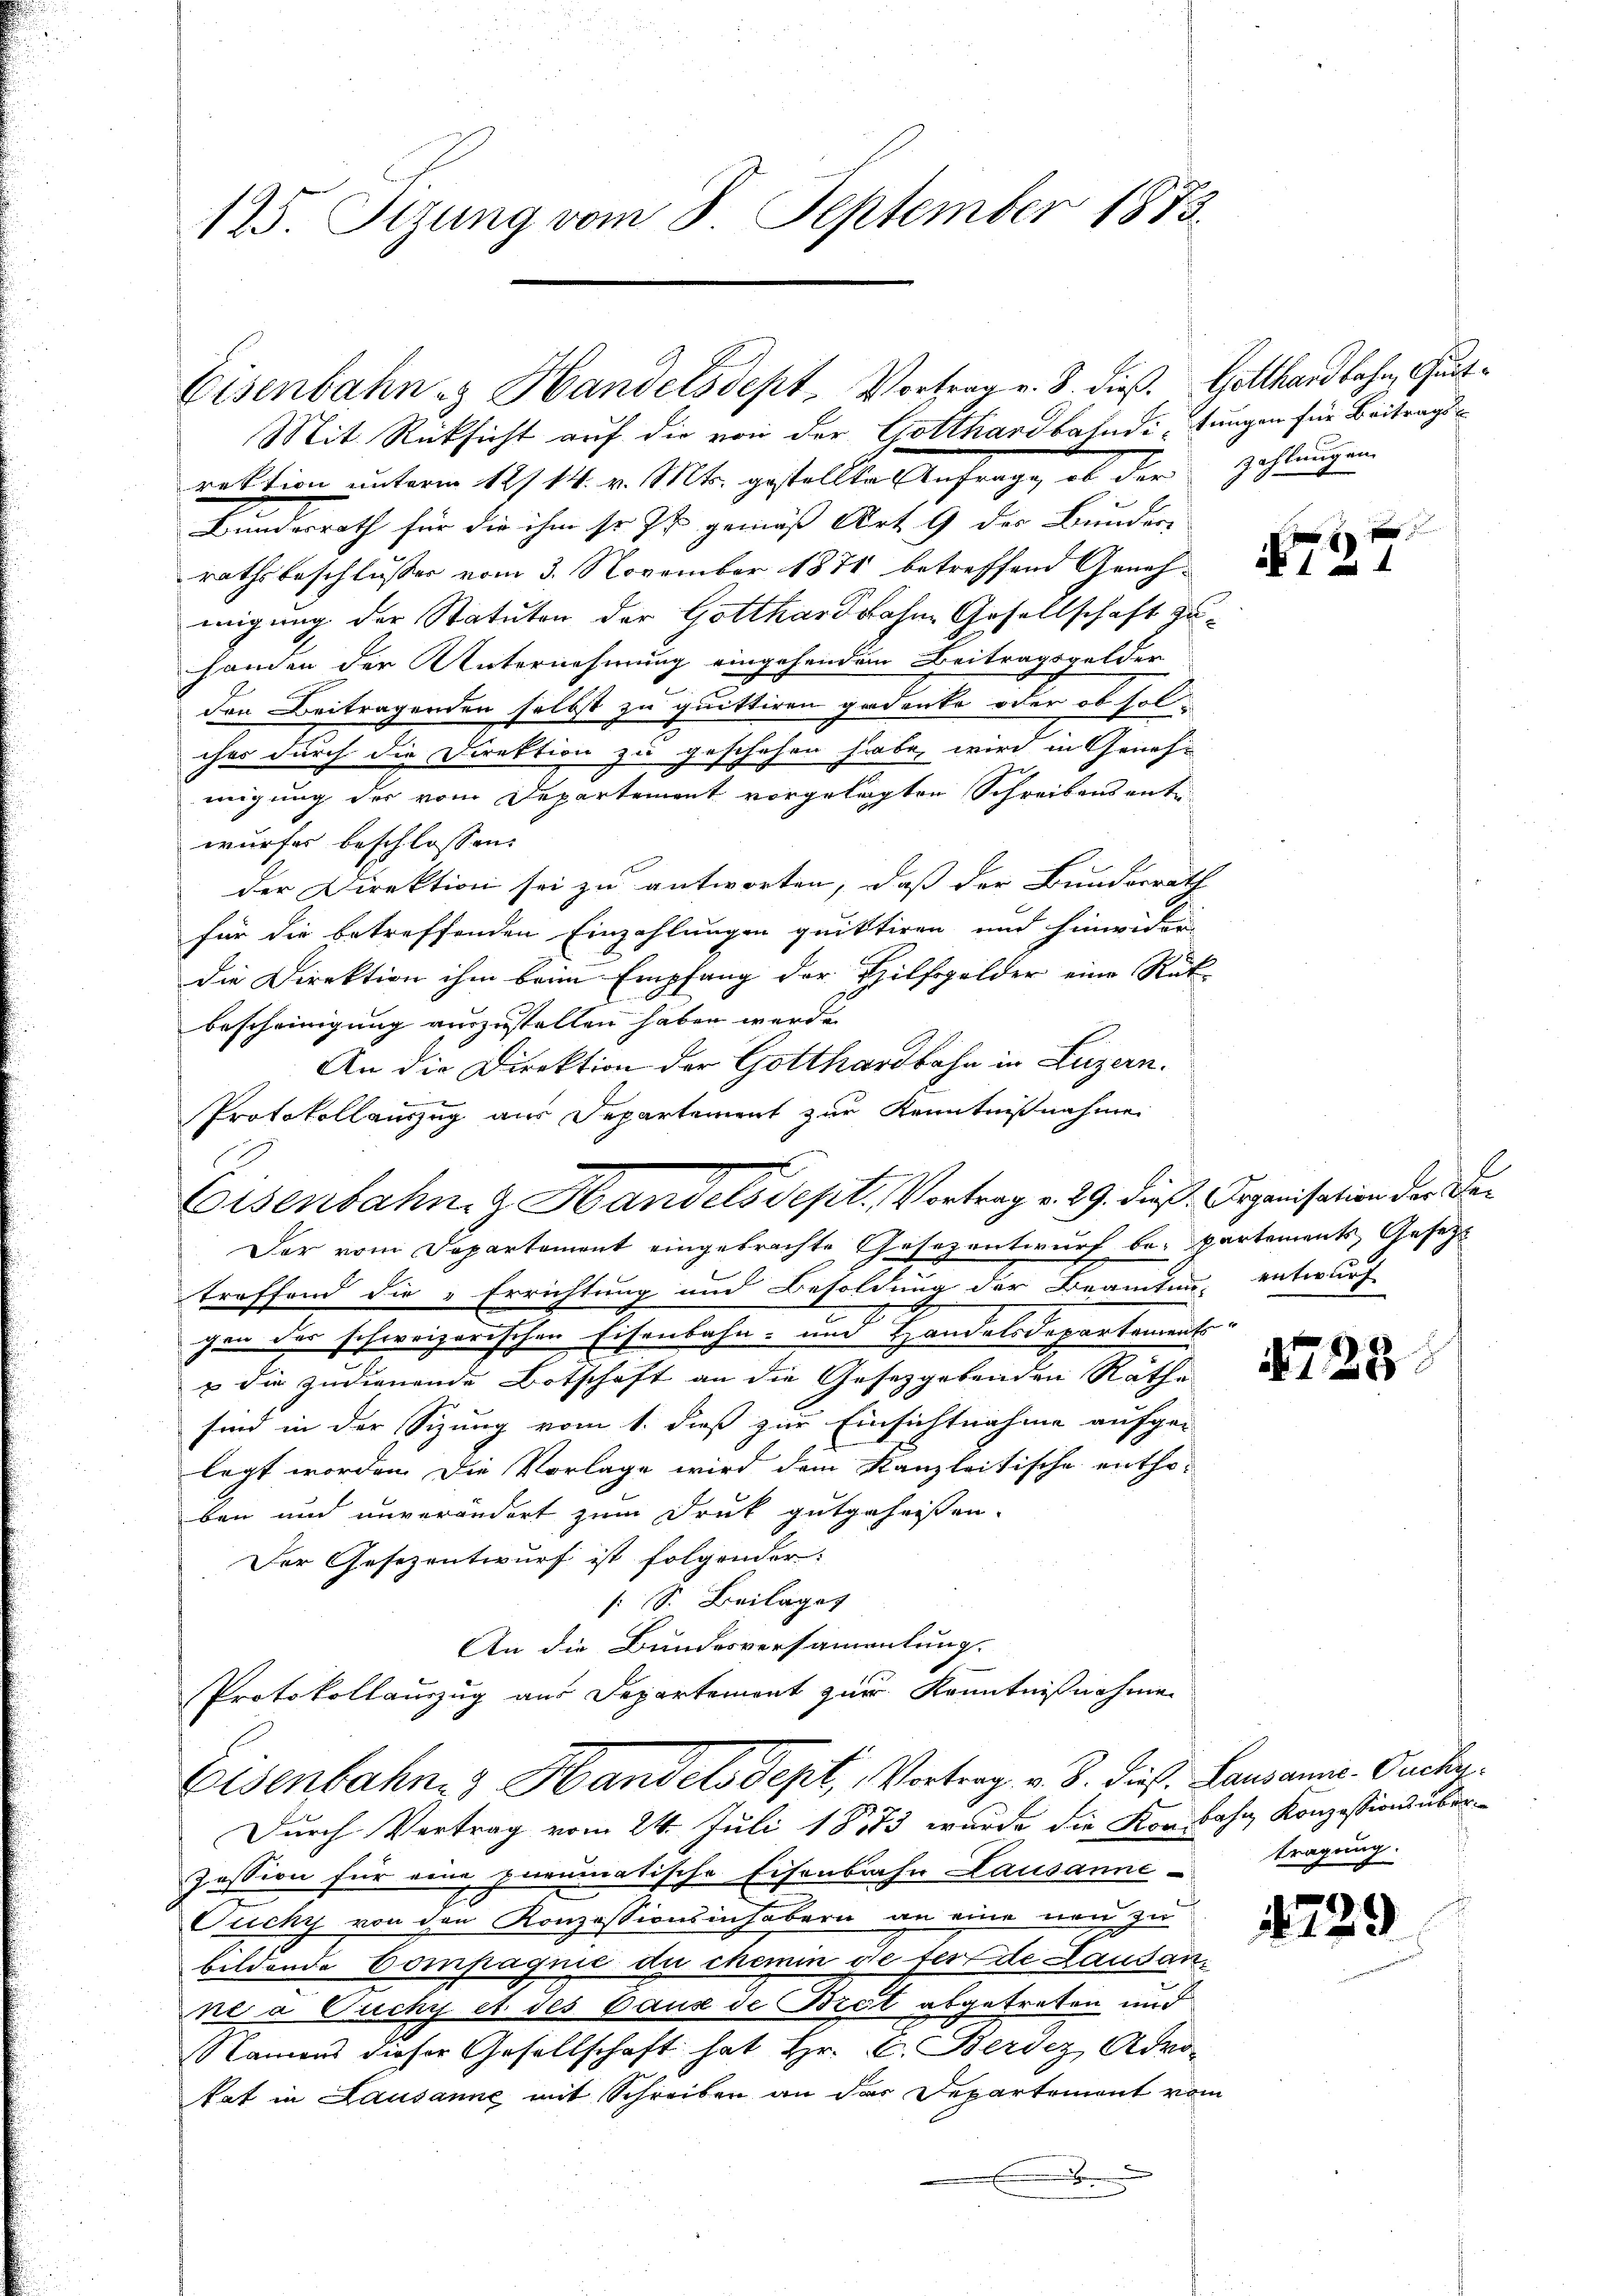
125. Tizung vom 8. September 1873.

Eisenbahn u. Handelsdept, Vortrag v. 8. dieß. Gotthardbahn, Gut¬
Mit Rücksicht auf die von der Gotthardbahndi, ungen für Beitrags¬

Eisenbahne Handels Sept, Vortrag v. 8. Dies. Lausanne. Ouchn

rektion unterm 12/14. v. Mts. gestellte Anfrage, ob der
Bundesrath für die ihm so ist gemäß Art. 9 der Bunder
rathsbeschlusser vom 3. November 1871 betreffend Genehmigung der Statuten der Gotthardbahne Gesellschaft zuhanden der Unternehmung eingehendem Beitragsgelder
den Beitragenden selbst zu quittiren gedenke oder ob solises durch die Direktion zu geschehen habe, wird in Genehmigung der vom Departement vorgelagten Schreibensentwurfes beschlossen:
der Direktion sei zu antworten, daß der Bundesrath
für die betreffenden Einzahlungen quittiren und hinwider-
die Direktion ihm beim Empfang der Hilfsgelder eine Rat-
bescheinigung auszustellen haben werde.
An die Direktion der Gotthardbahn in Luzern.
Protokollauszug aus Departement zur Kenntnißnahme
Eisenbahn- & Handels Sept. Vortrag v. 29. dieß. Organisation der De¬
Der vom Departement eingebrachte Gesezentwurf be-partements, Gesetzt
treffend die Errichtung und Besoldung der Beamtung entwurfe
gen der schweizerischen Eisenbahn- und Handelsdepartements
u die zudienende Botschaft an die Gesetzgebenden Rathe
sind in der Sitzung vom 1. dieß zur Einsichtnahme aufge-
legt worden. Die Vorlage wird dem Kanzleitische entho-
ben und unverändert zum Druck gutgeheissen.
Der Gesezentwurf ist folgender:
[S. Beilages
An die Bundesversammlung.
Protokollauszug aus Departemont zur Kenntnißnahme

zahlungen.

Durch Vertrag vom 24. Juli 1873 wurde die Konbahn Konzessions über¬
Zession für eine purumatische Eisenbahn Lausanne¬
Fucky von den Konzessionsinhabern an eine neu zu
bildende Compagnie de chemin die für de Lausan
nea Ouchy et des Caus de Brot abgetreten und
Namens dieser Gesellschaft hat Hr. C. Berdiz Advotat in Lausanne mit Schreiben an das Departement vom
.

8
a 1

472

tragung.

472.

2

23

)